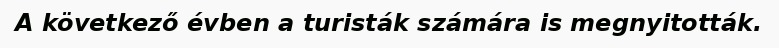
A következő évben a turisták számára is megnyitották.